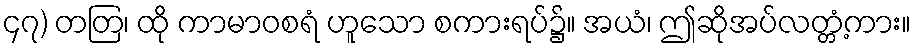
၄၇) တတြ၊ ထို ကာမာဝစရံ ဟူသော စကားရပ်၌။ အယံ၊ ဤဆိုအပ်လတ္တံ့ကား။